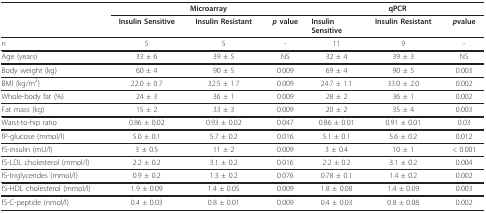
|  | <COLSPAN=3> Microarray | <COLSPAN=3> qPCR |
 |  | Insulin Sensitive | Insulin Resistant | p value | InsulinSensitive | Insulin Resistant | pvalue |
 | --- | --- | --- | --- | --- | --- | --- |
 | n | 5 | 5 | - | 11 | 9 | - |
 | Age (years) | 33 ± 6 | 39 ± 5 | NS | 32 ± 4 | 39 ± 3 | NS |
 | Body weight (kg) | 60 ± 4 | 90 ± 5 | 0.009 | 69 ± 4 | 90 ± 5 | 0.003 |
 | BMI (kg/m2) | 22.0 ± 0.7 | 32.5 ± 1.7 | 0.009 | 24.7 ± 1.1 | 33.0 ± 2.0 | 0.002 |
 | Whole-body fat (%) | 24 ± 3 | 36 ± 1 | 0.009 | 28 ± 2 | 36 ± 1 | 0.002 |
 | Fat mass (kg) | 15 ± 2 | 33 ± 3 | 0.009 | 20 ± 2 | 35 ± 4 | 0.003 |
 | Waist-to-hip ratio | 0.86 ± 0.02 | 0.93 ± 0.02 | 0.047 | 0.86 ± 0.01 | 0.91 ± 0.01 | 0.03 |
 | fP-glucose (mmol/l) | 5.0 ± 0.1 | 5.7 ± 0.2 | 0.016 | 5.1 ± 0.1 | 5.6 ± 0.2 | 0.012 |
 | fS-insulin (mU/l) | 3 ± 0.5 | 11 ± 2 | 0.009 | 3 ± 0.4 | 10 ± 1 | < 0.001 |
 | fS-LDL cholesterol (mmol/l) | 2.2 ± 0.2 | 3.1 ± 0.2 | 0.016 | 2.2 ± 0.2 | 3.1 ± 0.2 | 0.004 |
 | fS-triglycerides (mmol/l) | 0.9 ± 0.2 | 1.3 ± 0.2 | 0.076 | 0.78 ± 0.1 | 1.4 ± 0.2 | 0.002 |
 | fS-HDL cholesterol (mmol/l) | 1.9 ± 0.09 | 1.4 ± 0.05 | 0.009 | 1.8 ± 0.08 | 1.4 ± 0.09 | 0.003 |
 | fS-C-peptide (nmol/l) | 0.4 ± 0.03 | 0.8 ± 0.01 | 0.009 | 0.4 ± 0.03 | 0.8 ± 0.08 | 0.002 |